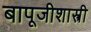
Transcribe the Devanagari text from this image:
बापूजीशास्त्री